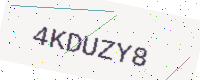
Text: 4KDUZY8